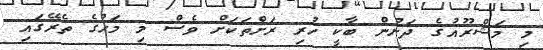
މި މަޝްރޫއުގެ ދަށުން ބާކީ ހުރި ރަށްތަކަށް ވެސް މި މަހުގެ ތެރޭގައި